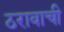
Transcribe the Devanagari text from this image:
ठरावाची